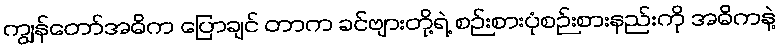
ကျွန်တော်အဓိက ပြောချင် တာက ခင်ဗျားတို့ရဲ့ စဉ်းစားပုံစဉ်းစားနည်းကို အဓိကနဲ့